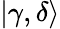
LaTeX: |\gamma,\delta\rangle